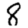
Digit: 8